Mental hospitals Bombay report 1929-33 - 1929-1933
Year: 1929
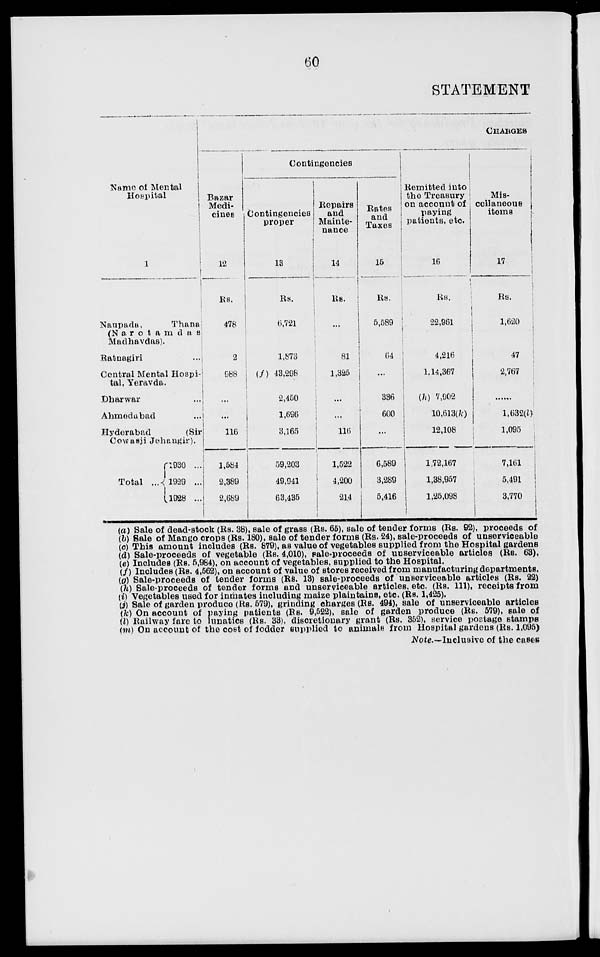
60
STATEMENT
Name of Mental
Hospital
1
Naupada,
Thana
(N a r o t a m d a s
Madhavdas).
Ratnagiri ...
Contral Mental Hospi-
tal, Yeravda.
Dharwar ...
Ahmedabad ...
Hyderabad
(Sir
Cowasji Jehangir).
Total ...
1930 ...
1929 ...
1928 ...
CHARGES
Bazar
Medi-
cines
12
Rs.
478
2
988
...
...
116
1,584
2,389
2,689
Contingencies
Contingencies
proper
13
Rs.
6,721
1,873
(f) 43,298
2,450
1,696
3,165
59,203
49,941
63,435
Repairs
and
Mainte-
nance
14
Rs.
...
81
1,325
...
...
116
1,522
4,200
214
Rates
and
Taxes
15
Rs.
5,589
64
...
336
600
...
6,589
3,289
5,416
Remitted into
the Treasury
on account of
paying
patients, etc.
16
Rs.
22,961
4,216
1,14,367
(h) 7,902
10,613(k)
12,108
1,72,167
1,38,957
1,25,098
Mis-
cellaneous
items
17
Rs.
1,620
47
2,767
1,632(l)
1,095
7,161
5,491
3,770
(a) Sale of dead-stock (Rs. 38), sale of grass (Rs. 65), sale of tender forms (Rs. 92), proceeds of
(b) Sale of Mango crops (Rs. 180), sale of tender forms (Rs. 24), sale-proceeds of unserviceable
(c) This amount includes (Rs. 879), as value of vegetables supplied from the Hospital gardens
(d) Sale-proceeds of vegetable (Rs. 4,010), sale-proceeds of unserviceable articles (Rs. 63),
(e) Includes (Rs. 5,984), on account of vegetables, supplied to the Hospital.
(f) Includes (Rs. 4,562), on account of value of stores received from manufacturing departments.
(g) Sale-proceeds of tender forms (Rs. 13) sale-proceeds of unserviceable articles (Rs. 22)
(h) Sale-proceeds of tender forms and unserviceable articles, etc. (Rs. 111), receipts from
(i) Vegetables used for inmates including maize plaintains, etc. (Rs. 1,425).
(j) Sale of garden produce (Rs. 579), grinding charges (Rs. 494), sale of unserviceable articles
(k) On account of paying patients (Rs. 9,522), sale of garden produce (Rs. 579), sale of
(l) Railway fare to lunatics (Rs. 33), discretionary grant (Rs. 352), service postage stamps
(m) On account of the cost of fodder supplied to animals from Hospital gardens (Rs. 1,095)
Note.—Inclusive of the cases